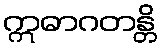
ဣဓာဂတန္တိ